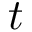
t